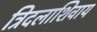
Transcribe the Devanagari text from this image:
त्रिदलाशिवाय